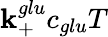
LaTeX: \mathbf{k}_{+}^{glu}c_{glu}T